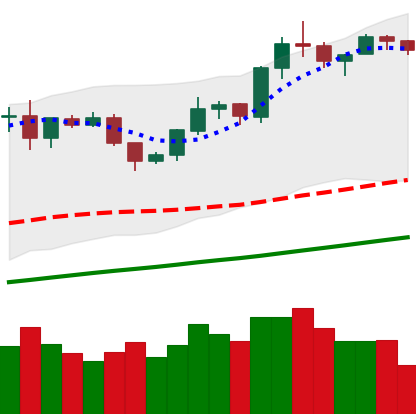
Ticker: LTC-USD
Chart end date: 2019-06-17
Forward return: 5.553%
Label: up_5_7